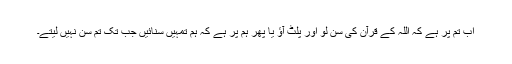
اب تم پر ہے کہ اللہ کے قرآن کی سن لو اور پلٹ آؤ یا پھر ہم پر ہے کہ ہم تمہیں سنائیں جب تک تم سن نہیں لیتے۔